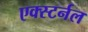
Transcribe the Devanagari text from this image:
एक्स्टर्नल